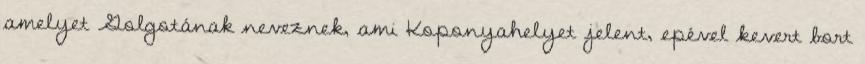
amelyet Golgotának neveznek, ami Koponyahelyet jelent, epével kevert bort